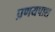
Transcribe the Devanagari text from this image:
प्रणयपाश